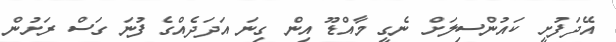
އޭދަފުށީ ކައުންސިލަށް ނެގީ މާއްޑޫ އިން ގިނަ އަދަދެއްގެ ފުނަ ގަސް ރަށުން